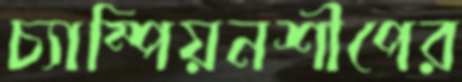
চ্যাম্পিয়নশীপের